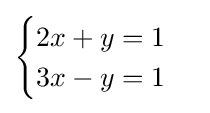
\textstyle {\begin{cases}2x+y=1\\3x-y=1\end{cases}}